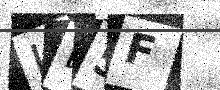
Text: IB5F